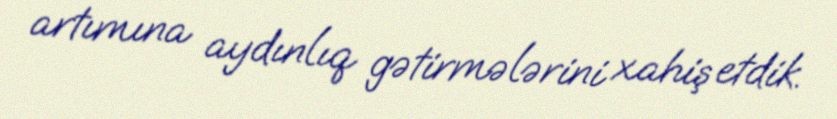
artımına aydınlıq gətirmələrini xahiş etdik.